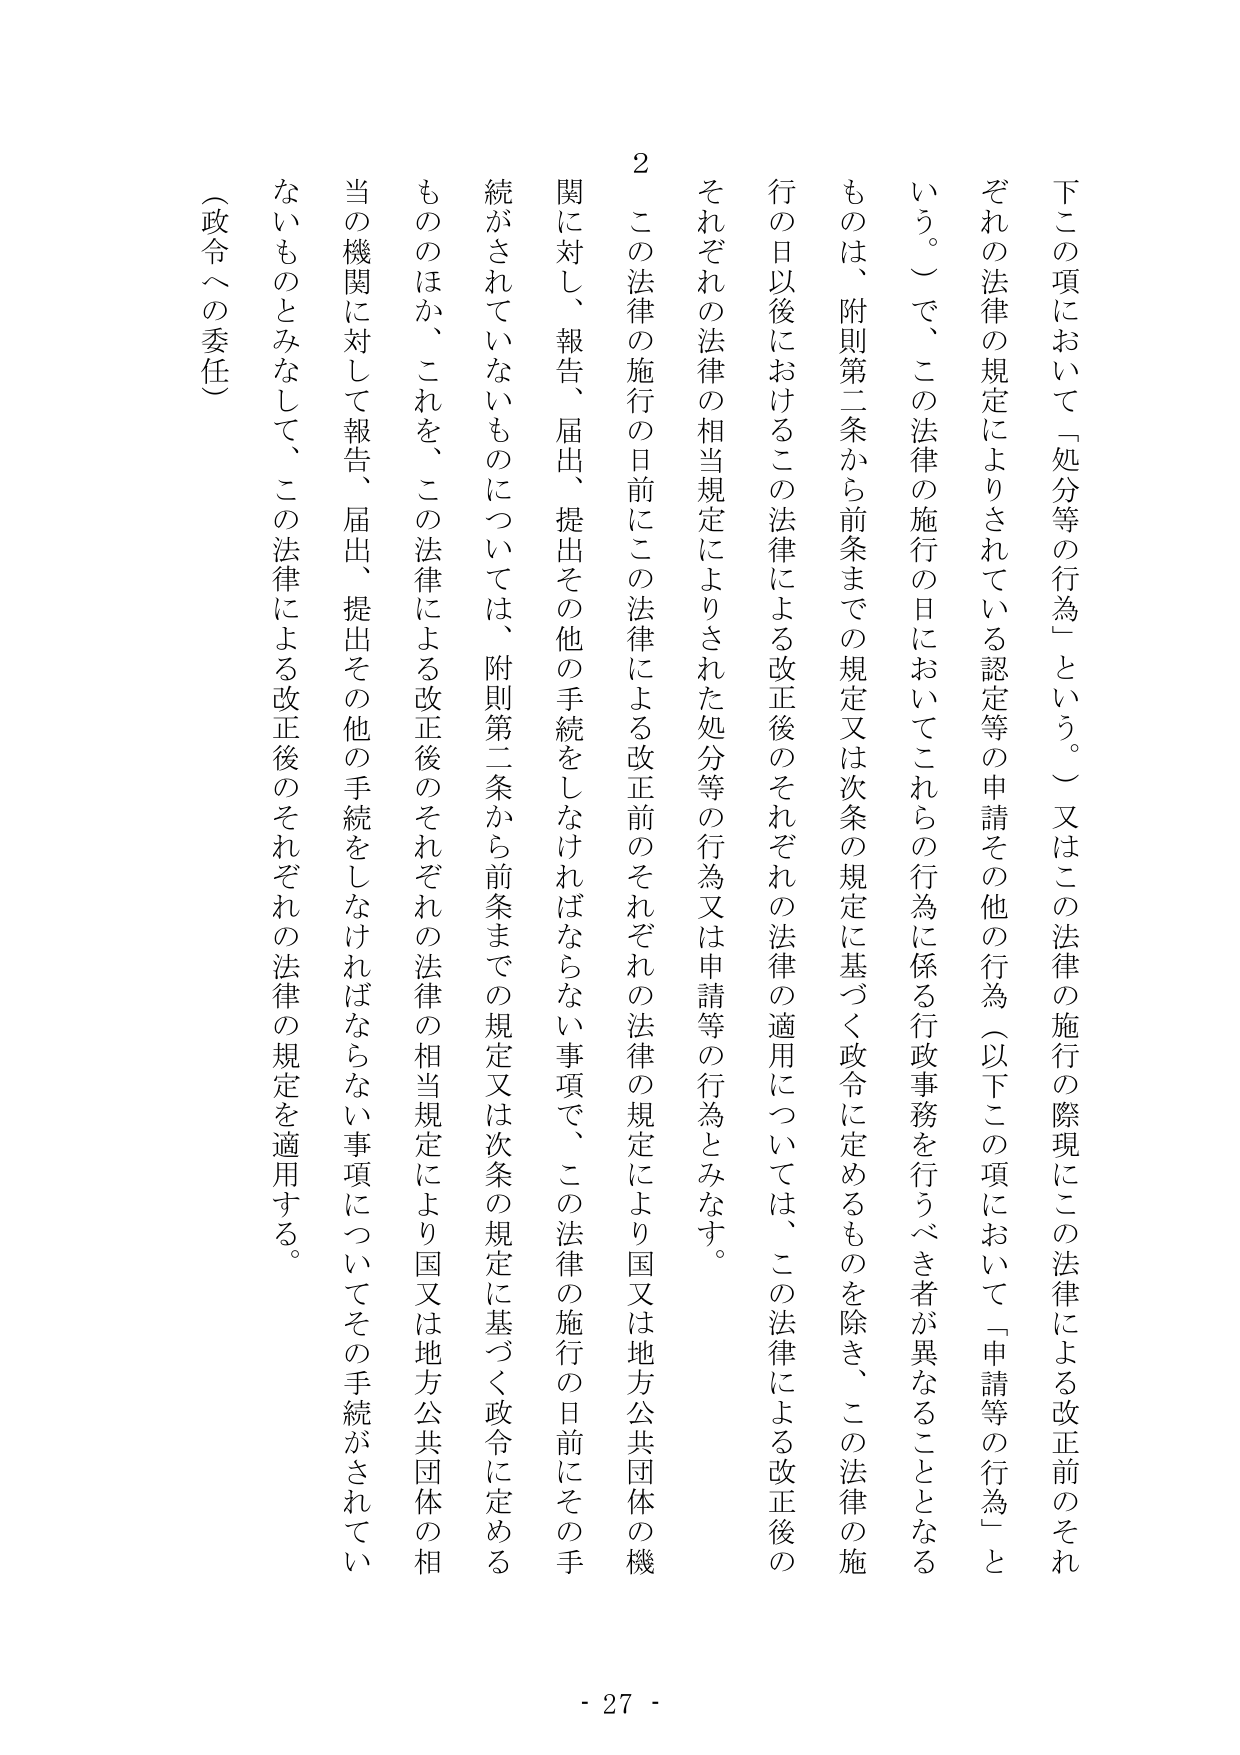
下この項において「処分等の行為」という。）又はこの法律の施行の際現にこの法律による改正前のそれぞれの法律の規定によりされている認定等の申請その他の行為（以下この項において「申請等の行為」という。）で、この法律の施行の日においてこれらの行為に係る行政事務を行うべき者が異なることとなるものは、附則第二条から前条までの規定又は次条の規定に基づく政令に定めるものを除き、この法律の施行の日以後におけるこの法律による改正後のそれぞれの法律の適用については、この法律による改正後のそれぞれの法律の相当規定によりされた処分等の行為又は申請等の行為とみなす。

２ この法律の施行の日前にこの法律による改正前のそれぞれの法律の規定により国又は地方公共団体の機関に対し、報告、届出、提出その他の手続をしなければならない事項で、この法律の施行の日前にその手続がされていないものについては、附則第二条から前条までの規定又は次条の規定に基づく政令に定めるもののほか、これを、この法律による改正後のそれぞれの法律の相当規定により国又は地方公共団体の相当の機関に対して報告、届出、提出その他の手続をしなければならない事項についてその手続がされていないものとみなして、この法律による改正後のそれぞれの法律の規定を適用する。

（政令への委任）

- 27 -